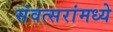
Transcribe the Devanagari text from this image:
संवत्सरांमध्ये